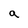
Character: a